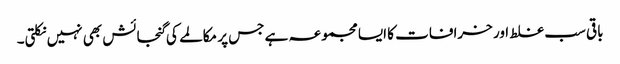
باقی سب غلط اور خرافات کا ایسا مجموعہ ہے جس پر مکالمے کی گنجائش بھی نہیں نکلتی۔